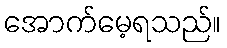
အောက်မေ့ရသည်။